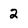
Character: 2